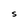
Character: S